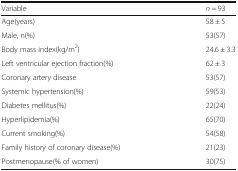
<table><thead><tr><td><b>Variable</b></td><td><b><i>n</i> = 93</b></td></tr></thead><tbody><tr><td>Age(years)</td><td>58 ± 5</td></tr><tr><td>Male, n(%)</td><td>53(57)</td></tr><tr><td>Body mass index(kg/m<sup>2</sup>)</td><td>24.6 ± 3.3</td></tr><tr><td>Left ventricular ejection fraction(%)</td><td>62 ± 3</td></tr><tr><td>Coronary artery disease</td><td>53(57)</td></tr><tr><td>Systemic hypertension(%)</td><td>59(53)</td></tr><tr><td>Diabetes mellitus(%)</td><td>22(24)</td></tr><tr><td>Hyperlipidemia(%)</td><td>65(70)</td></tr><tr><td>Current smoking(%)</td><td>54(58)</td></tr><tr><td>Family history of coronary disease(%)</td><td>21(23)</td></tr><tr><td>Postmenopause(% of women)</td><td>30(75)</td></tr></tbody></table>